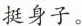
挺身子。